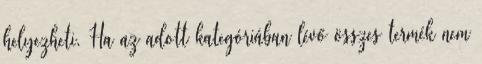
helyezheti. Ha az adott kategóriában lévő összes termék nem